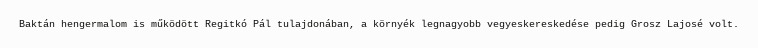
Baktán hengermalom is működött Regitkó Pál tulajdonában, a környék legnagyobb vegyeskereskedése pedig Grosz Lajosé volt.